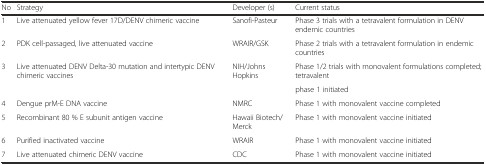
<table><thead><tr><td><b>No</b></td><td><b>Strategy</b></td><td><b>Developer (s)</b></td><td><b>Current status</b></td></tr></thead><tbody><tr><td>1</td><td>Live attenuated yellow fever 17D/DENV chimeric vaccine</td><td>Sanofi-Pasteur</td><td>Phase 3 trials with a tetravalent formulation in DENV endemic countries</td></tr><tr><td>2</td><td>PDK cell-passaged, live attenuated vaccine</td><td>WRAIR/GSK</td><td>Phase 2 trials with a tetravalent formulation in endemic countries</td></tr><tr><td rowspan="2">3</td><td rowspan="2">Live attenuated DENV Delta-30 mutation and intertypic DENV chimeric vaccines</td><td rowspan="2">NIH/Johns Hopkins</td><td>Phase 1/2 trials with monovalent formulations completed; tetravalent</td></tr><tr><td>phase 1 initiated</td></tr><tr><td>4</td><td>Dengue prM-E DNA vaccine</td><td>NMRC</td><td>Phase 1 with monovalent vaccine completed</td></tr><tr><td>5</td><td>Recombinant 80 % E subunit antigen vaccine</td><td>Hawaii Biotech/Merck</td><td>Phase 1 with monovalent vaccine initiated</td></tr><tr><td>6</td><td>Purified inactivated vaccine</td><td>WRAIR</td><td>Phase 1 with monovalent vaccine initiated</td></tr><tr><td>7</td><td>Live attenuated chimeric DENV vaccine</td><td>CDC</td><td>Phase 1 with monovalent vaccine initiated</td></tr></tbody></table>